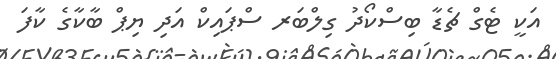
އަކީ ޓެގް ޗެޑާ ބިސްކޯދު ގިލްބަރ ސްޕައިކް އަދި ޔިޕް ބާކާގެ ކާފަ